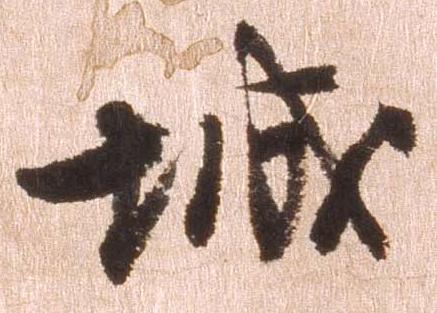
城